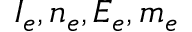
I _ { e } , n _ { e } , E _ { e } , m _ { e }